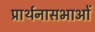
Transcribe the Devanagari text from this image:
प्रार्थनासभाओं